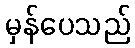
မှန်ပေသည်